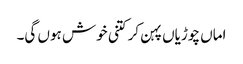
اماں چوڑیاں پہن کر کتنی خوش ہوں گی۔